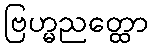
ဗြဟ္မညတ္ထော